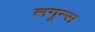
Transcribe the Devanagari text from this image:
लगून्स